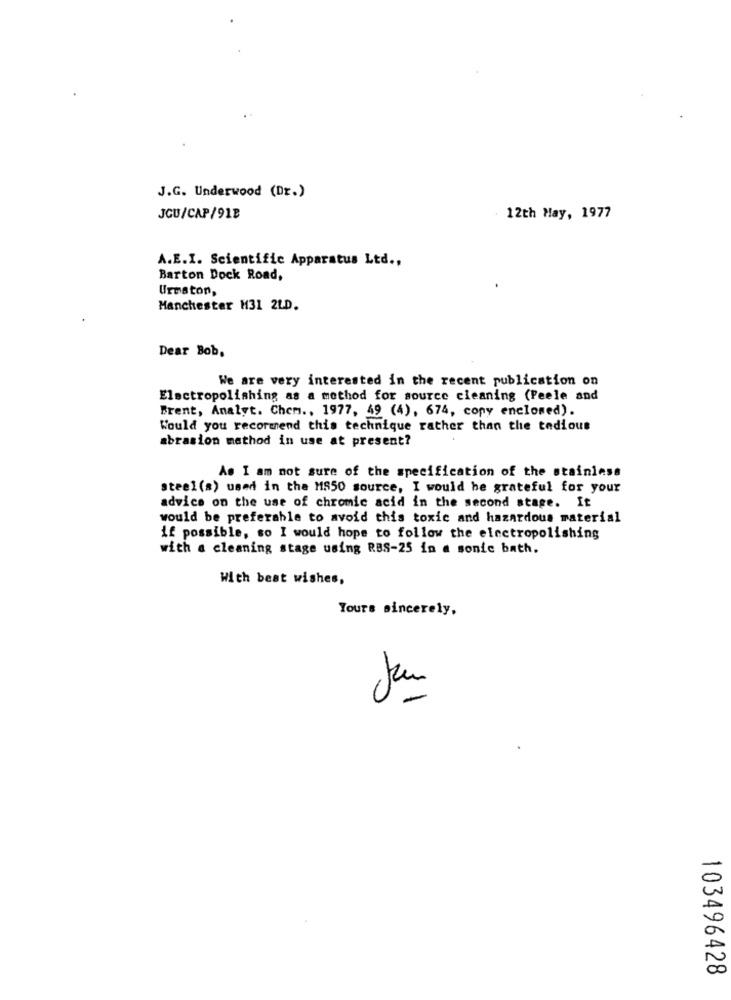
J.G. Underwood (Dr.)
JCU/CAP/91B
12th May, 1977
A.E.I. Scientific Apparatus Ltd .,
Barton Dock Road,
Ureston,
Manchester M31 2LD.
Dear Bob.
We are very interested in the recent publication on
Electropolishing as a method for source cleaning (Feele and
Brent, Analyt. Chem ., 1977, 49 (4), 674, copy enclosed).
Would you recormend this technique rather than the tedious
abrasion method in use at present?
As I am not sure of the specification of the stainless
steel(s) used in the MS50 source, I would be grateful for your
advice on the use of chromic acid in the second stage. It
would be preferable to avoid this toxic and hazardous material
if possible, so I would hope to follow the electropolishing
with a cleaning stage using RBS-25 in a sonic bath.
With best wishes,
Yours sincerely,
103496428